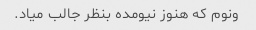
ونوم که هنوز نیومده بنظر جالب میاد.